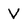
Character: V